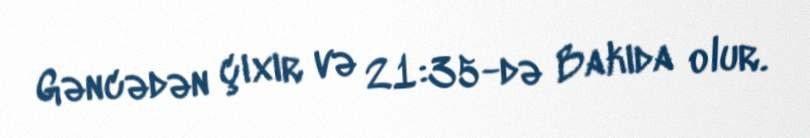
Gəncədən çıxır və 21:35-də Bakıda olur.